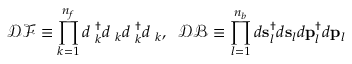
{ \mathcal { D } } { \mathcal { F } } \equiv \prod _ { k = 1 } ^ { n _ { f } } d { \bf { \chi } } _ { k } ^ { \dag } d { \bf { \chi } } _ { k } d { \bf { \varphi } } _ { k } ^ { \dag } d { \bf { \varphi } } _ { k } , \; \; { \mathcal { D } } { \mathcal { B } } \equiv \prod _ { l = 1 } ^ { n _ { b } } d { \bf { s } } _ { l } ^ { \dag } d { \bf { s } } _ { l } d { \bf { p } } _ { l } ^ { \dag } d { \bf { p } } _ { l }